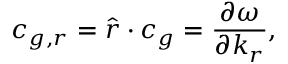
c _ { g , r } = \boldsymbol { \hat { r } } \cdot \boldsymbol { c _ { g } } = \frac { \partial \omega } { \partial k _ { r } } ,